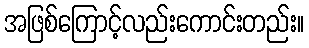
အဖြစ်ကြောင့်လည်းကောင်းတည်း။